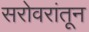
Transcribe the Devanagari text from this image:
सरोवरांतून